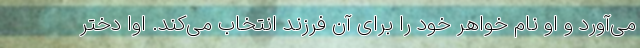
می‌آورد و او نام خواهر خود را برای آن فرزند انتخاب می‌کند. اوا دختر